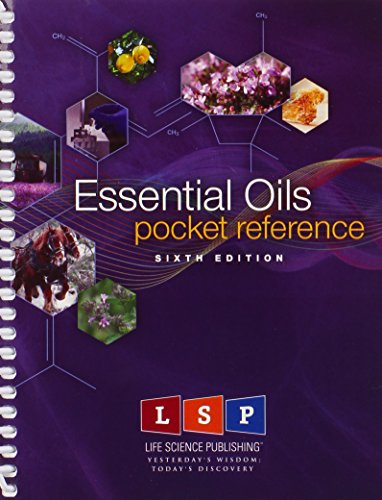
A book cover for Essential Oils Pocket Reference; Life Science Publishing; Reference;